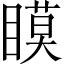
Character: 瞙